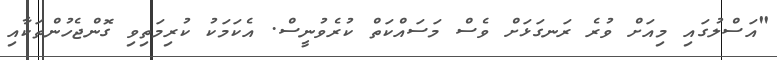
"އަސްލުގައި މިއަށް ވުރެ ރަނގަޅަށް ވެސް މަސައްކަތް ކުރެވުނީސް. އެކަމަކު ކުރިމަތިވި ގޮންޖެހުންތަކާއި